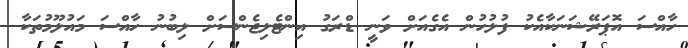
ހާއްސަ އޮޕަރޭޝަނަކާއެކު ފުލުހުން އެގެއަށް ވަނީ ޑްރަގު އިންޓެލިޖެންސަށް ލިބުނު ހާއްސަ މައުލޫމުތަކާ